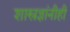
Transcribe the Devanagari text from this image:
शास्त्रज्ञांनीही